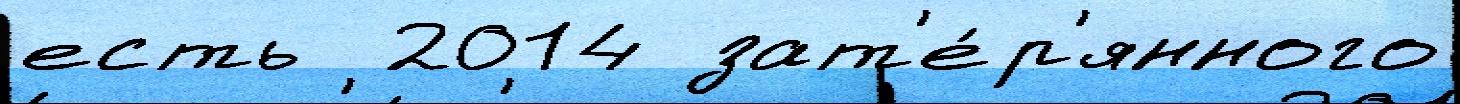
есть  2014 зат'е́р'янного